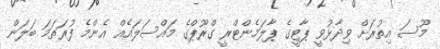
މޫސަ އިތުރަށް ވިދާޅުވީ ޕާޓީގެ ޕާލަމެންޓްރީ ގްރޫޕްގެ މައްސަލައެއް އެންމެ ފުރަތަމަ ބަލަން